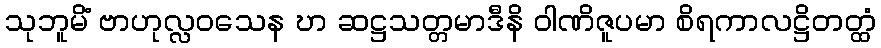
သုဘူမိံ ဗာဟုလ္လဝသေန ဎာ ဆဋ္ဌသတ္တမာဒီနိ ဝါဏိဇူပမာ စိရကာလဋ္ဌိတတ္ထံ